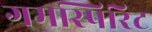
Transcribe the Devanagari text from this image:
गमस्पिरिट